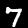
Digit: 7